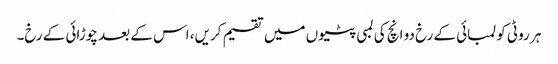
ہر روٹی کو لمبائی کے رخ دو انچ کی لمبی پٹیوں میں تقسیم کریں، اس کے بعد چوڑائی کے رخ۔